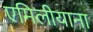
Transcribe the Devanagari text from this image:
एमिलीयाना